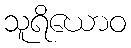
သူရိယောဝ